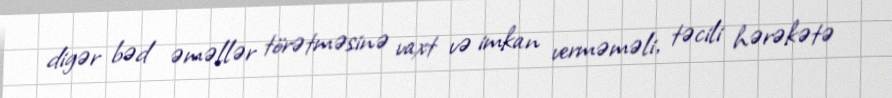
digər bəd əməllər törətməsinə vaxt və imkan verməməli, təcili hərəkətə